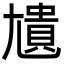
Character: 尵